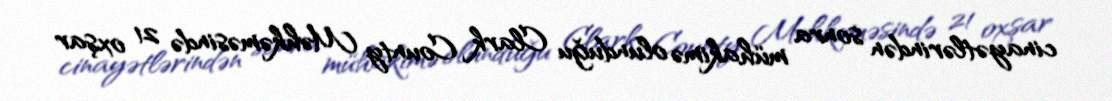
cinayətlərindən sonra mühakimə olunduğu Clark County Məhkəməsində 21 oxşar